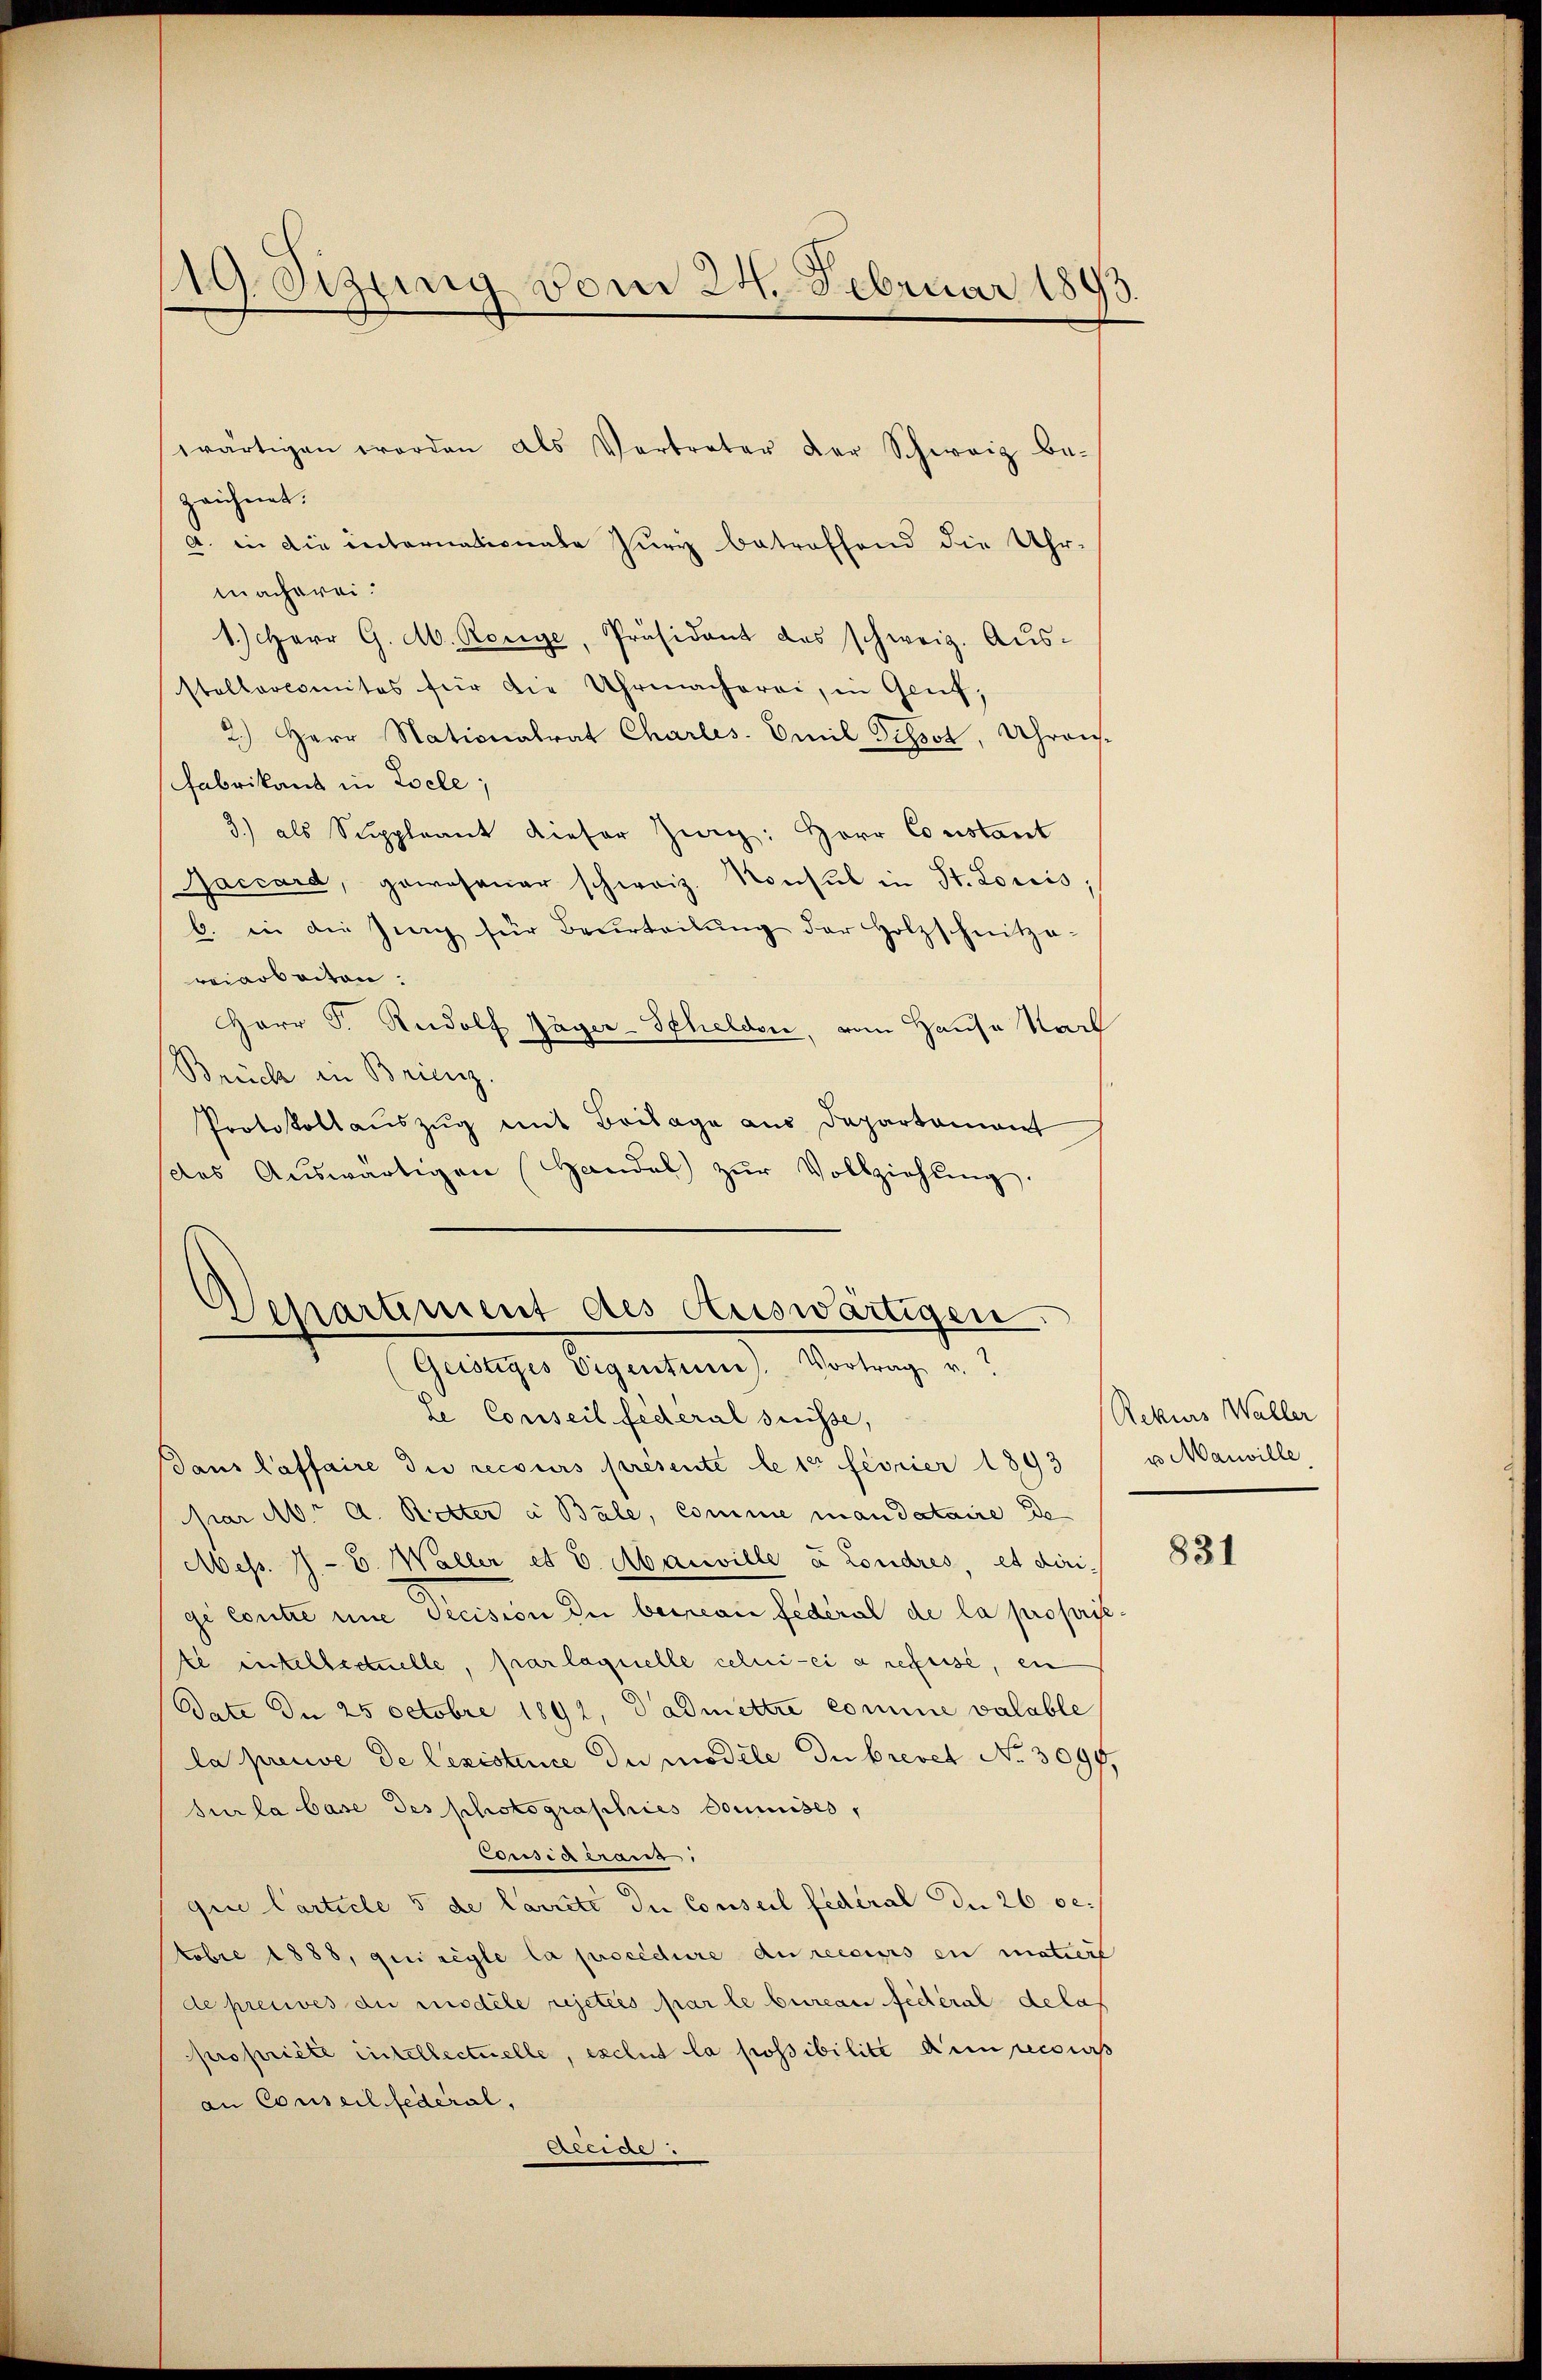
119. Sizung vom 24. Februar 1893

wärtigen worden als Vertreter der Schweiz be-
zeichnet.
a. in die internationale Zury betreffend die Uhr-
macherei
1.) Herr G. M. Resige, Präsidant des schweiz. Aŭs-
stellercomites für die Uhrmacherei, in Genf,
2.) Herr Nationalrat Charles. Emil Tissot, Uhrens.
Fabrikant in Locle;
3.) als Suppleant dieser Zwig: Herr Constant
Jaccard, gewesener schweiz. Konsul in St. Loriis,
b. in die Zing für Beurteilŭng der Holzschnitze.
reiarbeiten.
Herr P. Rudolf Jäger-Schelden, vom Hause Karl
Brück in Brienz.
Protokollaŭszŭg mit Beilage aus Departement
des Aŭswärtigen Handel zŭr Vollziehŭng.

Departiment des Auswärtigen.
Geistiges Vigentum). Vortrag v.

Le Conseil federal suisse,
dans laffaire die recours presente le 12 fevrier 1893
par M. A. Rotter à Bale, Comme mandataire de
Mess. J. C. Waller et 6. Maiwille à Londres, et dirige Contre eine Decision die beiregie federal de la proprse.
te entellectuelle, par laquelle celui-ci a refuse, ein
Date In 25 Octobre 1892, Dadmettre comme valable
la preuve de lexistine du modele du brevet No. 3096,
sur la base des photographies soumises,
Coisia trang
gin Carticle 5 de Carrite du Conseil fédéral der 26 setobre 1888, qui regle la procédure au recurs en matiert
de preuves die modele rejetées par le bureau fédéral delas
propriété intellectuelle, exclut la possibilite Auscons
an Conseil fédéral,
Alliae

Rekurs Waller
u Marille

831